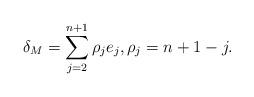
LaTeX: \begin{align*}\delta_M = \sum_{j=2}^{n+1} \rho_j e_j,\rho_j = n+1-j.\end{align*}